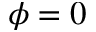
\phi = 0